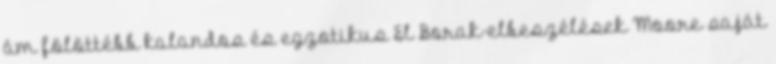
ám fölöttébb kalandos és egzotikus El Borak-elbeszélések Moore saját